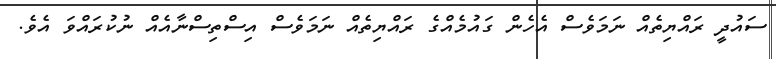
ސައުދީ ރައްޔިތެއް ނަމަވެސް އެހެން ގައުމެއްގެ ރައްޔިތެއް ނަމަވެސް އިސްތިސްނާއެއް ނުކުރައްވަ އެވެ.